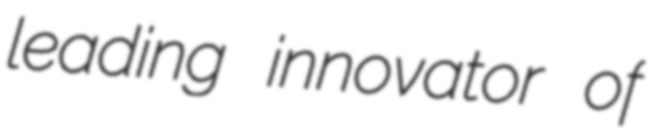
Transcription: leading innovator of